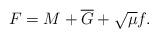
LaTeX: \begin{align*}F=M+\overline{G}+\sqrt{\mu}f.\end{align*}